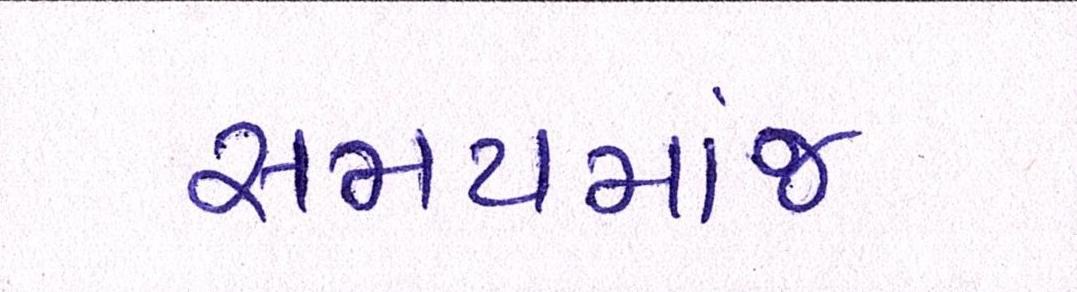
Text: સમયમાંજ